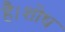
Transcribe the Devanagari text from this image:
है।शोध